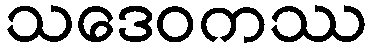
သဒေဝကဿ